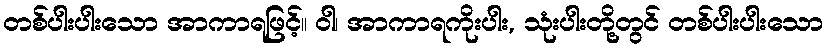
တစ်ပါးပါးသော အာကာရဖြင့်။ ဝါ၊ အာကာရကိုးပါး, သုံးပါးတို့တွင် တစ်ပါးပါးသော